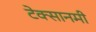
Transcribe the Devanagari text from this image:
टेक्सानमी